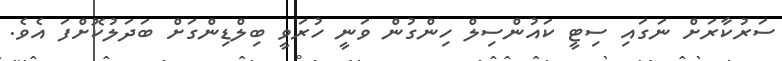
ސަރުކާރަށް ނަގައި ސިޓީ ކައުންސިލް ހިންގުން ވަނީ ހުރަވީ ބިލްޑިންގަށް ބަދަލުކޮށްފަ އެވެ.